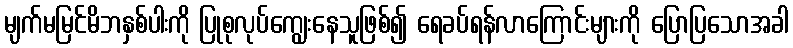
မျက်မမြင်မိဘနှစ်ပါးကို ပြုစုလုပ်ကျွေးနေသူဖြစ်၍ ရေခပ်ရန်လာကြောင်းများကို ပြောပြသောအခါ